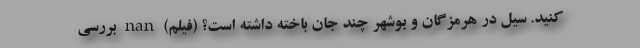
کنید. سیل در هرمزگان و بوشهر چند جان باخته داشته است؟ (فیلم) nan بررسی